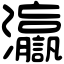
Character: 𤅗